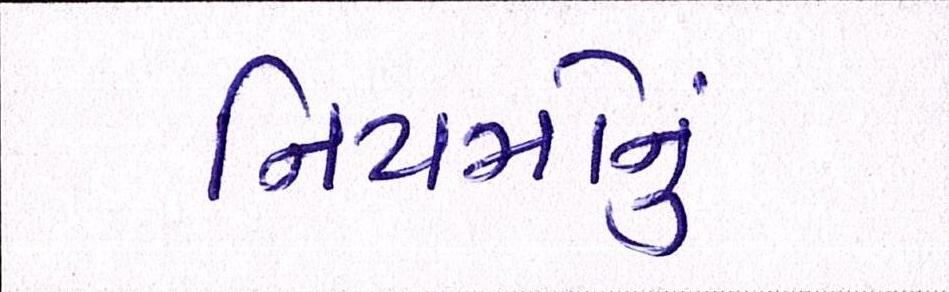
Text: નિયમોનું